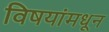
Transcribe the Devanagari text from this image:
विषयांमधून